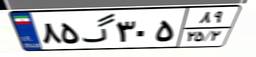
۸۵گ۳۰۵۸۹